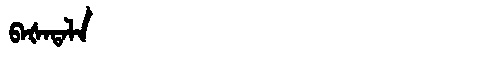
Manchu: ᠪᠠᡧᠠᡨᠠᠯᠠ
Romanization: BAŠATALA